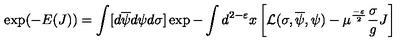
\exp ( - E ( J ) ) = \int [ d \overline { { \psi } } d \psi d \sigma ] \exp - \int d ^ { 2 - \varepsilon } x \left[ { \cal L } ( \sigma , \overline { { \psi } } , \psi ) - \mu ^ { \frac { - \varepsilon } { 2 } } \frac { \sigma } { g } J \right]